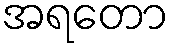
အရတော